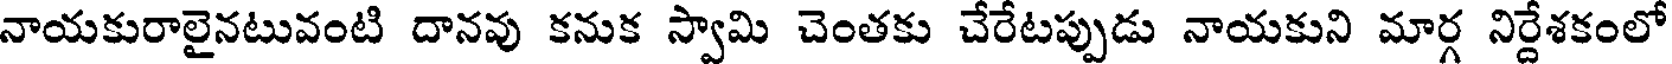
నాయకురాలైనటువంటి దానవు కనుక స్వామి చెంతకు చేరేటప్పుడు నాయకుని మార్గ నిర్దేశకంలో